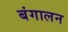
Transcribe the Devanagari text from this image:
बंगालन